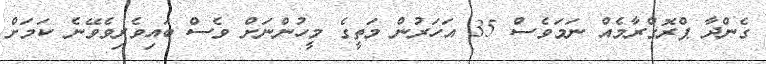
ގެންދާ ޕްރޮގްރާމެއް ނަމަވެސް 35 އަހަރުން މަތީގެ މީހުންނަށް ވެސް ބައިވެރިވެވޭނެ ކަމަށް